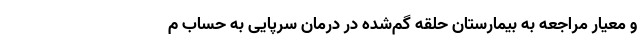
و معیار مراجعه به بیمارستان حلقه گم‌شده در درمان سرپایی به حساب م